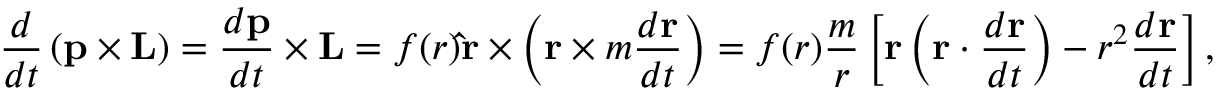
{ \frac { d } { d t } } \left( \mathbf { p } \times \mathbf { L } \right) = { \frac { d \mathbf { p } } { d t } } \times \mathbf { L } = f ( r ) \mathbf { \hat { r } } \times \left( \mathbf { r } \times m { \frac { d \mathbf { r } } { d t } } \right) = f ( r ) { \frac { m } { r } } \left[ \mathbf { r } \left( \mathbf { r } \cdot { \frac { d \mathbf { r } } { d t } } \right) - r ^ { 2 } { \frac { d \mathbf { r } } { d t } } \right] ,